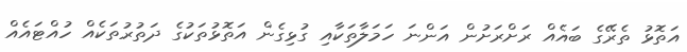
އަތޮޅު ތެރޭގެ ބައެއް ރަށްރަށުން އަންނަ ހަމަލާތަކާއި ގުޅިގެން އަތޮޅުތަކުގެ ދަތުރުތަކެއް ހުއްޓައެއް